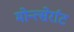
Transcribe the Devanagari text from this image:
मोन्त्सेर्राट